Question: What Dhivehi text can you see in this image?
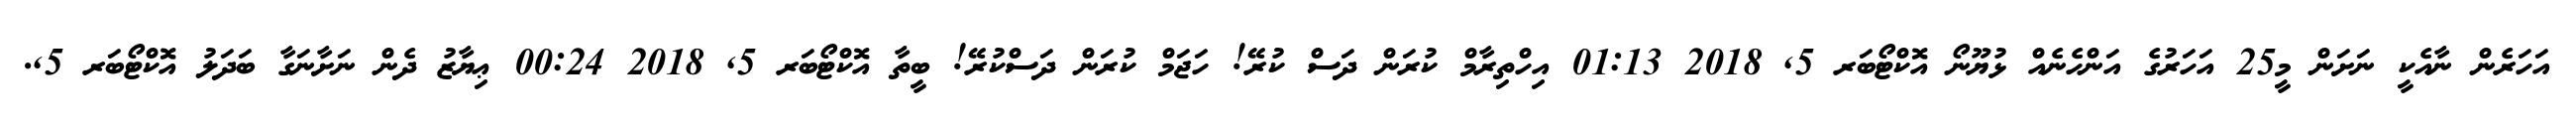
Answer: އަހަރެން ނާއެކީ ނަށަން މީ25 އަހަރުގެ އަންހެނެއް ޅުޔޫނޯ އޮކްޓޯބަރ 5, 2018 01:13 އިހްތިރާމް ކުރަން ދަސް ކުރޭ! ހަޖަމް ކުރަން ދަސްކުރޭ! ބީތާ އޮކްޓޯބަރ 5, 2018 00:24 ޢިޔާޒު ދެން ނަށާނަގާ ބަދަލު އޮކްޓޯބަރ 5,.